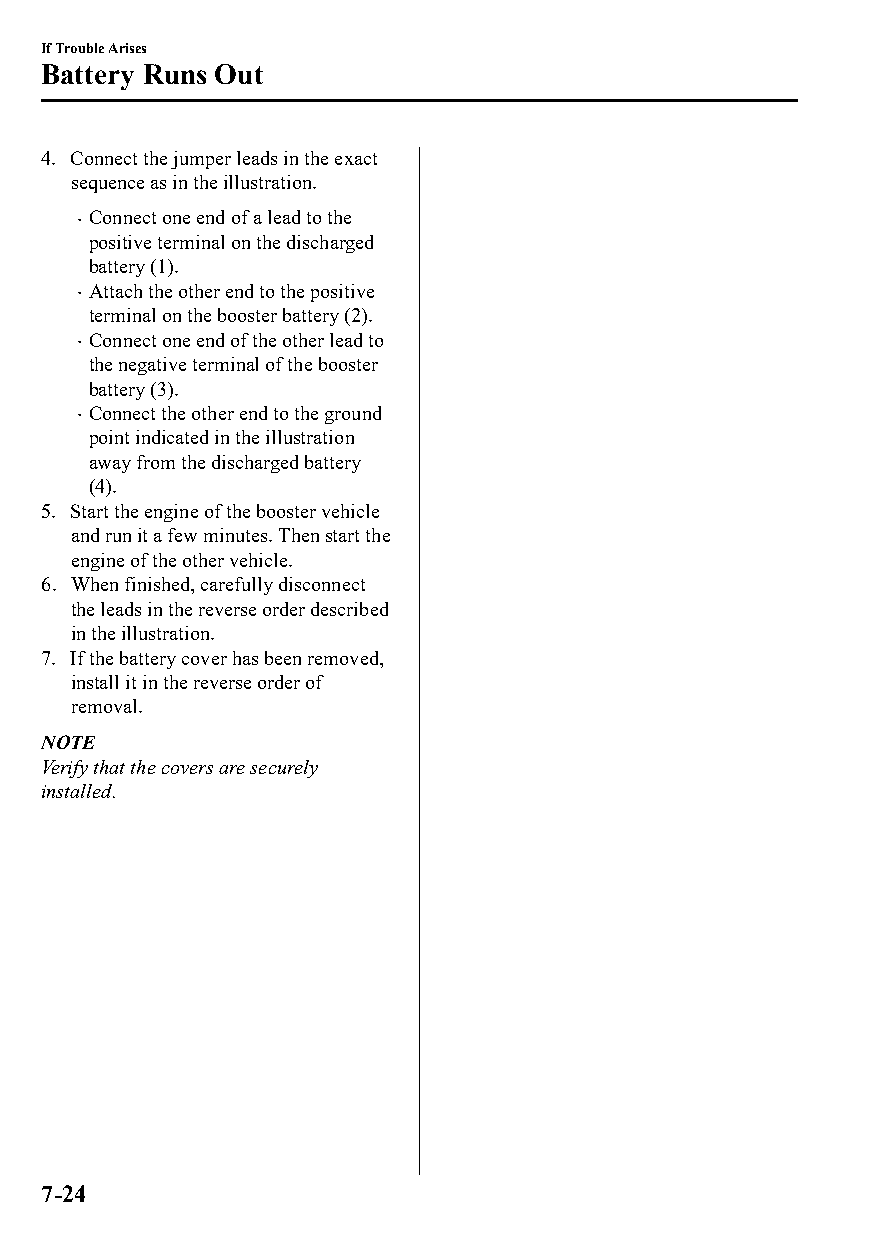
If Trouble Arises
 Battery Runs Out
 4. Connect the jumper leads in the exact
 sequence as in the illustration.
 Connect one end of a lead to the
 
 positive terminal on the discharged
 battery (1).
 Attach the other end to the positive
 
 terminal on the booster battery (2).
 Connect one end of the other lead to
 
 the negative terminal of the booster
 battery (3).
 Connect the other end to the ground
 
 point indicated in the illustration
 away from the discharged battery
 (4).
 5. Start the engine of the booster vehicle
 and run it a few minutes. Then start the
 engine of the other vehicle.
 6. When finished, carefully disconnect
 the leads in the reverse order described
 in the illustration.
 7. If the battery cover has been removed,
 install it in the reverse order of
 removal.
 NOTE
 Verify that the covers are securely
 installed.
 7-24
 CX-3_8GT4-EE-18D_Edition4                  2018-9-6 18:32:19